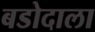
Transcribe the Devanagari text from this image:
बडोदाला